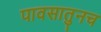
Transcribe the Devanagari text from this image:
पावसातुनच